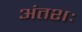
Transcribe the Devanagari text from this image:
अंतशः